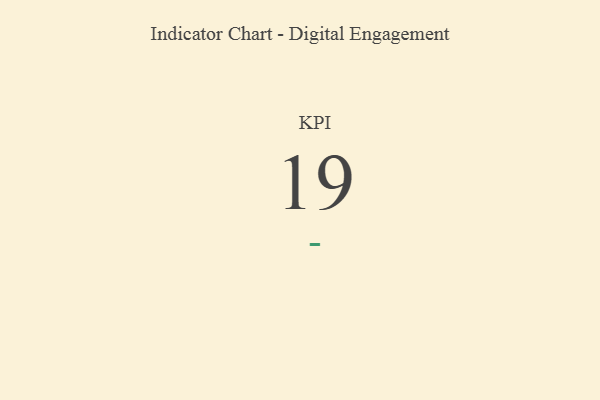
{"axis": {"x": "KPI", "y": "Value"}, "legend": [""], "data": [{"x": "KPI", "y": 19, "type": ""}]}